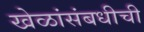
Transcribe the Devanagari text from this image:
खेळांसंबधीची